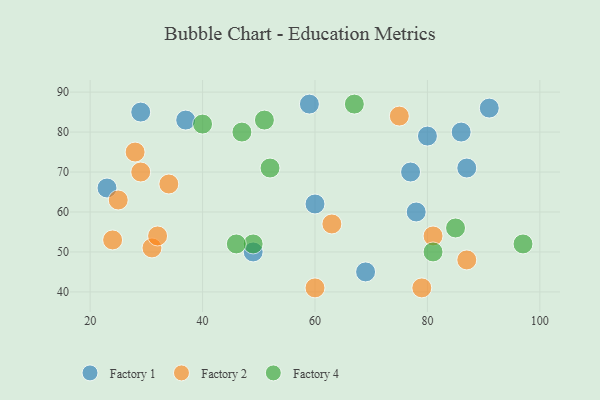
{"axis": {"x": "GDP", "y": "Life Expectancy"}, "legend": ["Factory 1", "Factory 2", "Factory 4"], "data": [{"x": "91", "y": 86, "type": "Factory 1"}, {"x": "60", "y": 62, "type": "Factory 1"}, {"x": "37", "y": 83, "type": "Factory 1"}, {"x": "29", "y": 85, "type": "Factory 1"}, {"x": "78", "y": 60, "type": "Factory 1"}, {"x": "59", "y": 87, "type": "Factory 1"}, {"x": "87", "y": 71, "type": "Factory 1"}, {"x": "23", "y": 66, "type": "Factory 1"}, {"x": "49", "y": 50, "type": "Factory 1"}, {"x": "77", "y": 70, "type": "Factory 1"}, {"x": "69", "y": 45, "type": "Factory 1"}, {"x": "80", "y": 79, "type": "Factory 1"}, {"x": "86", "y": 80, "type": "Factory 1"}, {"x": "63", "y": 57, "type": "Factory 2"}, {"x": "24", "y": 53, "type": "Factory 2"}, {"x": "34", "y": 67, "type": "Factory 2"}, {"x": "25", "y": 63, "type": "Factory 2"}, {"x": "75", "y": 84, "type": "Factory 2"}, {"x": "31", "y": 51, "type": "Factory 2"}, {"x": "29", "y": 70, "type": "Factory 2"}, {"x": "60", "y": 41, "type": "Factory 2"}, {"x": "81", "y": 54, "type": "Factory 2"}, {"x": "87", "y": 48, "type": "Factory 2"}, {"x": "32", "y": 54, "type": "Factory 2"}, {"x": "28", "y": 75, "type": "Factory 2"}, {"x": "79", "y": 41, "type": "Factory 2"}, {"x": "40", "y": 82, "type": "Factory 4"}, {"x": "81", "y": 50, "type": "Factory 4"}, {"x": "97", "y": 52, "type": "Factory 4"}, {"x": "47", "y": 80, "type": "Factory 4"}, {"x": "52", "y": 71, "type": "Factory 4"}, {"x": "49", "y": 52, "type": "Factory 4"}, {"x": "67", "y": 87, "type": "Factory 4"}, {"x": "51", "y": 83, "type": "Factory 4"}, {"x": "46", "y": 52, "type": "Factory 4"}, {"x": "85", "y": 56, "type": "Factory 4"}]}